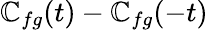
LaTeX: \mathbb{C}_{fg}(t)-\mathbb{C}_{fg}(-t)